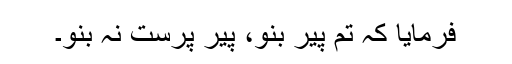
فرمایا کہ تم پیر بنو، پیر پرست نہ بنو۔